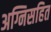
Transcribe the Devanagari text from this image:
अग्निसहित